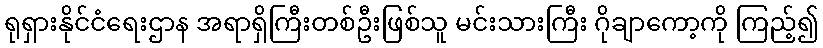
ရုရှားနိုင်ငံရေးဌာန အရာရှိကြီးတစ်ဦးဖြစ်သူ မင်းသားကြီး ဂိုချာကော့ကို ကြည့်၍